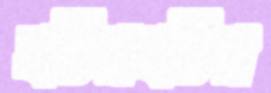
ঘটরঘটর